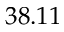
3 8 . 1 1